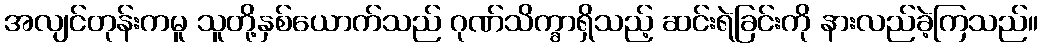
အလျင်တုန်းကမူ သူတို့နှစ်ယောက်သည် ဂုဏ်သိက္ခာရှိသည့် ဆင်းရဲခြင်းကို နားလည်ခဲ့ကြသည်။